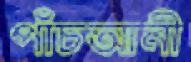
পাঁচআনী